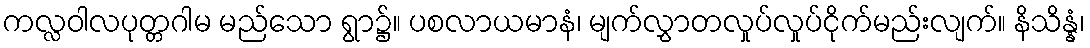
ကလ္လဝါလပုတ္တဂါမ မည်သော ရွာ၌။ ပစလာယမာနံ၊ မျက်လွှာတလှုပ်လှုပ်ငိုက်မည်းလျက်။ နိသိန္နံ၊